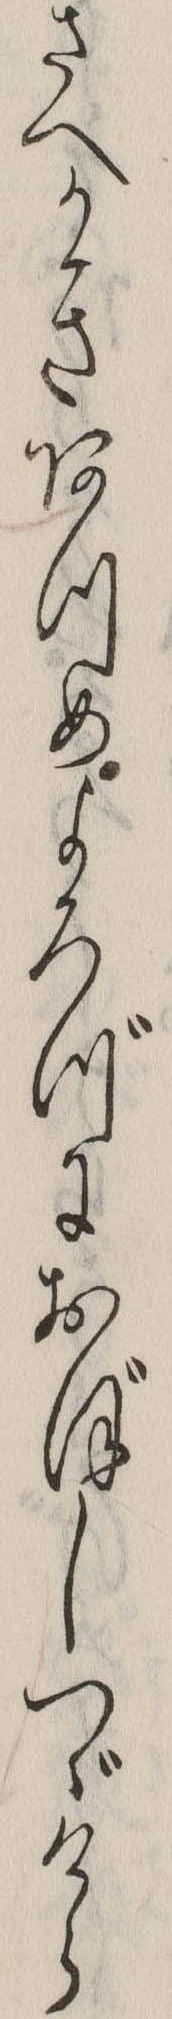
さへかきあつめよろづにおぼしつゞけら